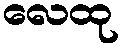
လေထု